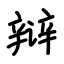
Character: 辩